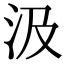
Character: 汲